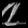
Digit: ၉